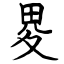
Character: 畟